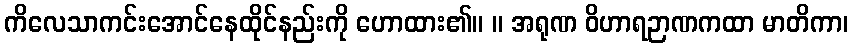
ကိလေသာကင်းအောင်နေထိုင်နည်းကို ဟောထား၏။ ။ အရုဏ ဝိဟာရဉာဏကထာ မာတိကာ၊